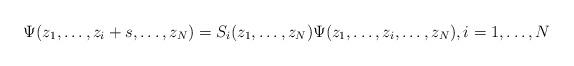
LaTeX: \begin{align*}\Psi(z_1,\ldots,z_i+s,\ldots,z_N)=S_i(z_1,\ldots,z_N)\Psi(z_1,\ldots,z_i,\ldots,z_N),i=1,\ldots,N\end{align*}